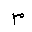
Letter: _mim